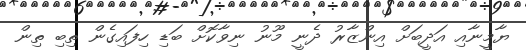
ޔާމީނާއި އަދީބަށް އިންޒާރު ދެނީ މޫނު ނިވާކޮށް ބަޑި ހިފައިގެން ތިބި ތިން